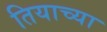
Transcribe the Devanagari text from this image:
तियाच्या